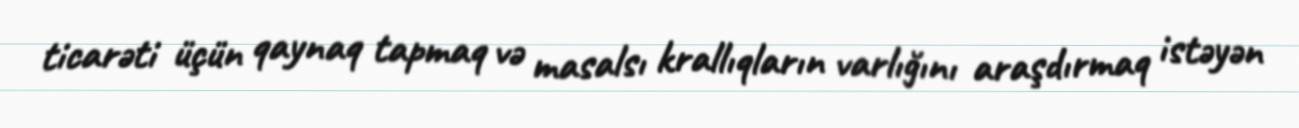
ticarəti üçün qaynaq tapmaq və masalsı krallıqların varlığını araşdırmaq istəyən